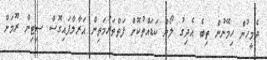
ދެމީހުން ހިމޭނުން ތިބެ އެދިގު ލޯން ކަޑައްތުކޮށް ފަތްތަރުމަތިން އަރާލާފައިގޮސް ސިޓިން ރޫމަށް